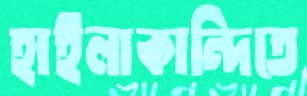
হাইলাকান্দিতে